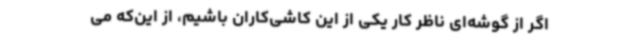
اگر از گوشه‌ای ناظر کار یکی از این کاشی‌کاران باشیم، از این‌که می